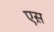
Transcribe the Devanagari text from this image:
एस़